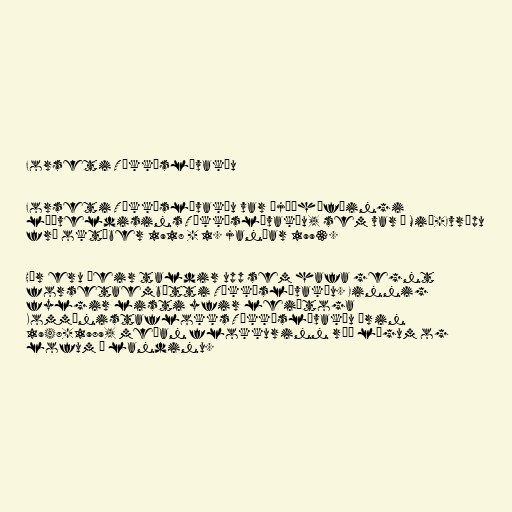
Forseti Tékkóslóvakíu

Forseti Tékkóslóvakíu var þjóðhöfðingi
lýðveldisins Tékkóslóvakíu, sem var í Mið-Evrópu
frá október 1918 - 1. janúar 1993.

Hér eru þeir taldir upp sem hafa gegnt
forsetaembætti Tékkóslóvakíu. Einnig
fylgir listi yfir leiðtoga
Kommúnistaflokks Tékkóslóvakíu árin
1948-1989, meðan flokkurinn réð lögum og
lofum í landinu.